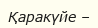
Қаракүйе –